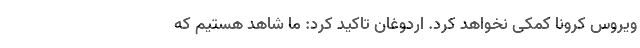
ویروس کرونا کمکی نخواهد کرد. اردوغان تاکید کرد: ما شاهد هستیم که